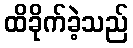
ထိခိုက်ခဲ့သည်